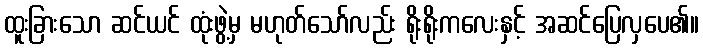
ထူးခြားသော ဆင်ယင် ထုံးဖွဲ့မှ မဟုတ်သော်လည်း ရိုးရိုးကလေးနှင့် အဆင်ပြေလှပေ၏။